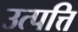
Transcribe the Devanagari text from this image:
उत्‍पत्ति